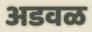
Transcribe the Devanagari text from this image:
अडवळ